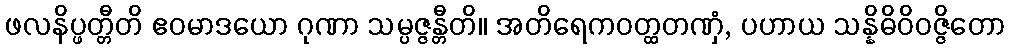
ဖလနိပ္ဖတ္တီတိ ဧဝမာဒယော ဂုဏာ သမ္ပဇ္ဇန္တီတိ။ အတိရေကဝတ္ထတဏှံ, ပဟာယ သန္နိဓိဝိဝဇ္ဇိတော